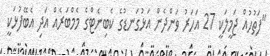
"ފަތުހުއް ޖަމީލަކީ 27 އަހަރު ވަންދެން އަޅުގަނޑުގެ ކެބިނެޓްގެ މެމްބަރެއް އަދި އެބޭފުޅަކީ